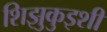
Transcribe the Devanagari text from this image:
शिझुकुइशी